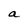
Character: a